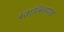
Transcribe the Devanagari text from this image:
स्तालिनग्राड